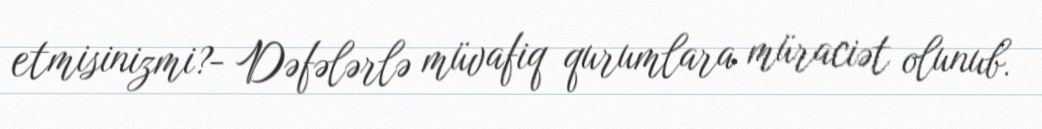
etmisinizmi?- Dəfələrlə müvafiq qurumlara müraciət olunub.